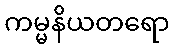
ကမ္မနိယတရော